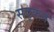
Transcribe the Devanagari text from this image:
सद्कर्म